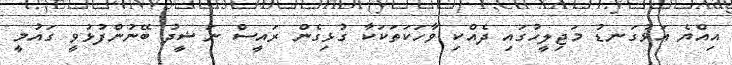
އިއްޔެ އަޅުގަނޑު މަޖިލީހުގައި ދެއްކި ވާހަކަތަކަކާ ގުޅިގެން ރައީސް ނަޝީދު ބޭނުންފުޅުވީ ގައުމީ